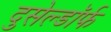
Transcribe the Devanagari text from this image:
दुसेल्डॉर्फ